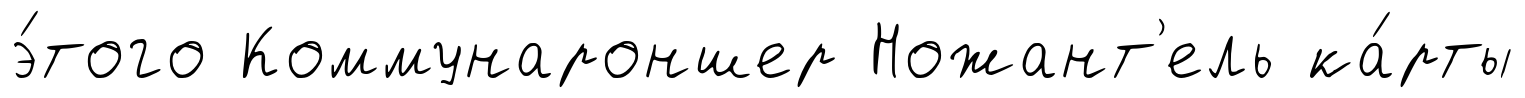
э́того Коммунароншер Ножант'ель ка́рты